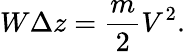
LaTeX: W\Delta z={\frac{m}{2}}V^{2}.